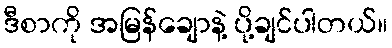
ဒီစာကို အမြန်ချောနဲ့ ပို့ချင်ပါတယ်။